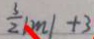
\frac { 3 } { 2 } \vert m \vert + 3